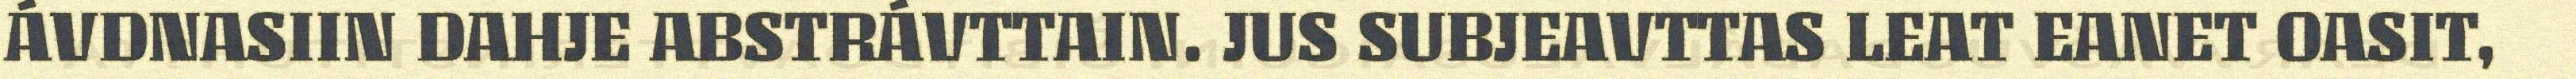
ÁVDNASIIN DAHJE ABSTRÁVTTAIN. JUS SUBJEAVTTAS LEAT EANET OASIT,